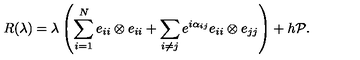
R ( \lambda ) = \lambda \left( \sum _ { i = 1 } ^ { N } e _ { i i } \otimes e _ { i i } + \sum _ { i \neq j } e ^ { i \alpha _ { i j } } e _ { i i } \otimes e _ { j j } \right) + h { \cal P } .